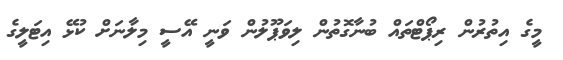
މީގެ އިތުރުން ރިޕޯޓްތައް ބުނާގޮތުން ލިވަޕޫލުން ވަނީ އޭސީ މިލާނަށް ކުޅޭ އިޓަލީގެ